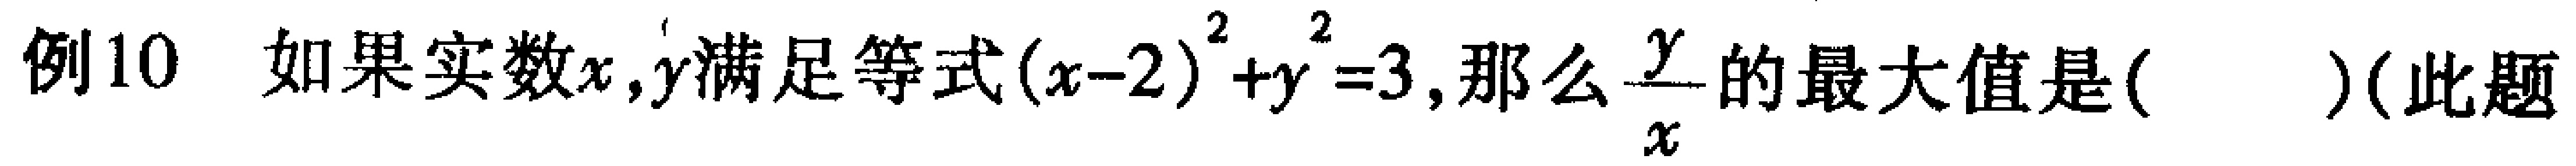
例10 如果实数\(x,y\)满足等式\((x - 2)^2 + y^2 = 3\), 那么\(\frac{y}{x}\)的最大值是( )(此题